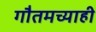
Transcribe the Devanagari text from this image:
गौतमच्याही